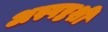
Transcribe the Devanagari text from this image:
अस्पष्टशी